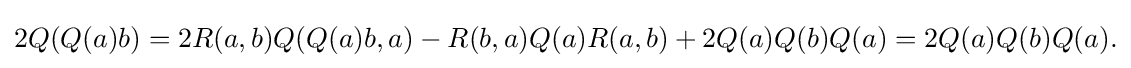
\displaystyle {2Q(Q(a)b)=2R(a,b)Q(Q(a)b,a)-R(b,a)Q(a)R(a,b)+2Q(a)Q(b)Q(a)=2Q(a)Q(b)Q(a).}